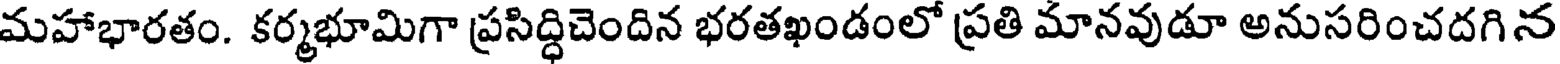
మహాభారతం. కర్మభూమిగా ప్రసిద్ధిచెందిన భరతఖండంలో ప్రతి మానవుడూ అనుసరించదగిన